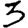
Digit: 3